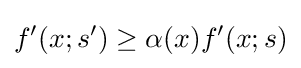
f'(x;s')\geq \alpha (x)f'(x;s)